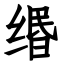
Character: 缗